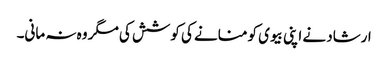
ارشاد نے اپنی بیوی کو منانے کی کوشش کی مگر وہ نہ مانی۔